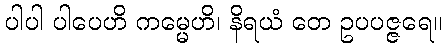
ပါပါ ပါပေဟိ ကမ္မေဟိ၊ နိရယံ တေ ဥပပဇ္ဇရေ။